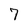
Character: 7